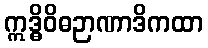
ဣဒ္ဓိဝိဓဉာဏာဒိကထာ